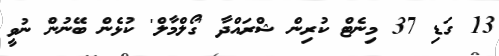
13 ގަޑި 37 މިނެޓް ކުރިން ޝްރައްދާ 'ގޯލްމާލް' ކުޅެން ބޭނުން ނުވީ